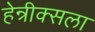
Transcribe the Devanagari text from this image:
हेन्रीक्सला